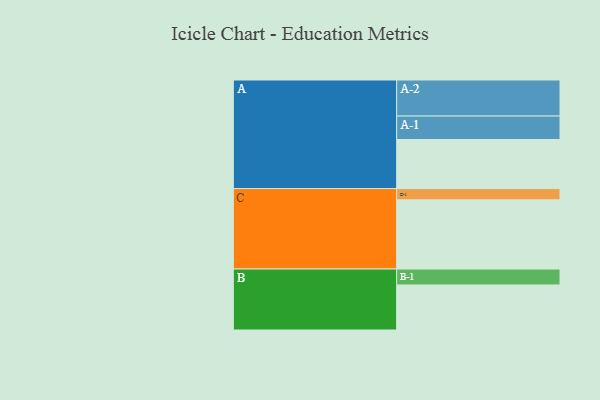
{"axis": {"x": "Segment", "y": "Value"}, "legend": ["", "A", "B", "C"], "data": [{"x": "A", "y": 370, "type": ""}, {"x": "B", "y": 340, "type": ""}, {"x": "C", "y": 522, "type": ""}, {"x": "A-1", "y": 177, "type": "A"}, {"x": "A-2", "y": 272, "type": "A"}, {"x": "B-1", "y": 120, "type": "B"}, {"x": "C-1", "y": 85, "type": "C"}]}